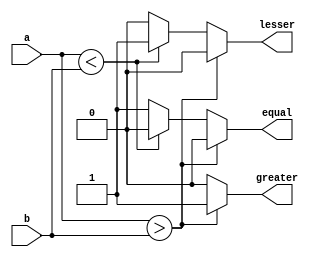
module comparator
  (input a,b,
   output reg equal,lesser,greater);
  
always@* begin
  equal=0;
  lesser=0;
  greater=0;
  
  if(a>b)
    greater=1;
  
    else if(a<b) 
      lesser=1;
    
    else
      equal=1;
  end
endmodule